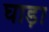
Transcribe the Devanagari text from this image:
घाड़ा